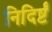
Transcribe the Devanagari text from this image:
निदिर्ष्टं